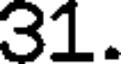
31.